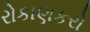
રોકાણકરો